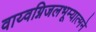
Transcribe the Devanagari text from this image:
वाय्वग्निजलभूम्यात्मने